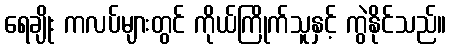
ရေချိုး ကလပ်များတွင် ကိုယ်ကြိုက်သူနှင့် ကွဲနိုင်သည်။